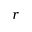
r